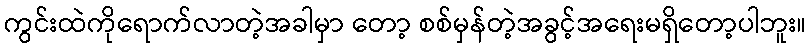
ကွင်းထဲကိုရောက်လာတဲ့အခါမှာ တော့ စစ်မှန်တဲ့အခွင့်အရေးမရှိတော့ပါဘူး။